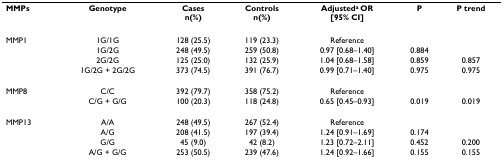
<table><thead><tr><td><b>MMPs</b></td><td><b>Genotype</b></td><td><b>Casesn(%)</b></td><td><b>Controlsn(%)</b></td><td><b>Adjusted<sup>a </sup>OR[95% CI]</b></td><td><b>P</b></td><td><b>P trend</b></td></tr></thead><tbody><tr><td>MMP1</td><td>1G/1G</td><td>128 (25.5)</td><td>119 (23.3)</td><td>Reference</td><td></td><td></td></tr><tr><td></td><td>1G/2G</td><td>248 (49.5)</td><td>259 (50.8)</td><td>0.97 [0.68–1.40]</td><td>0.884</td><td></td></tr><tr><td></td><td>2G/2G</td><td>125 (25.0)</td><td>132 (25.9)</td><td>1.04 [0.68–1.58]</td><td>0.859</td><td>0.857</td></tr><tr><td></td><td>1G/2G + 2G/2G</td><td>373 (74.5)</td><td>391 (76.7)</td><td>0.99 [0.71–1.40]</td><td>0.975</td><td>0.975</td></tr><tr><td>MMP8</td><td>C/C</td><td>392 (79.7)</td><td>358 (75.2)</td><td>Reference</td><td></td><td></td></tr><tr><td></td><td>C/G + G/G</td><td>100 (20.3)</td><td>118 (24.8)</td><td>0.65 [0.45–0.93]</td><td>0.019</td><td>0.019</td></tr><tr><td>MMP13</td><td>A/A</td><td>248 (49.5)</td><td>267 (52.4)</td><td>Reference</td><td></td><td></td></tr><tr><td></td><td>A/G</td><td>208 (41.5)</td><td>197 (39.4)</td><td>1.24 [0.91–1.69]</td><td>0.174</td><td></td></tr><tr><td></td><td>G/G</td><td>45 (9.0)</td><td>42 (8.2)</td><td>1.23 [0.72–2.11]</td><td>0.452</td><td>0.200</td></tr><tr><td></td><td>A/G + G/G</td><td>253 (50.5)</td><td>239 (47.6)</td><td>1.24 [0.92–1.66]</td><td>0.155</td><td>0.155</td></tr></tbody></table>